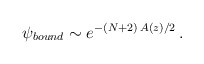
\begin{align*}\psi_{bound}\sim e^{-(N+2)\,A(z)/2}\,.\end{align*}